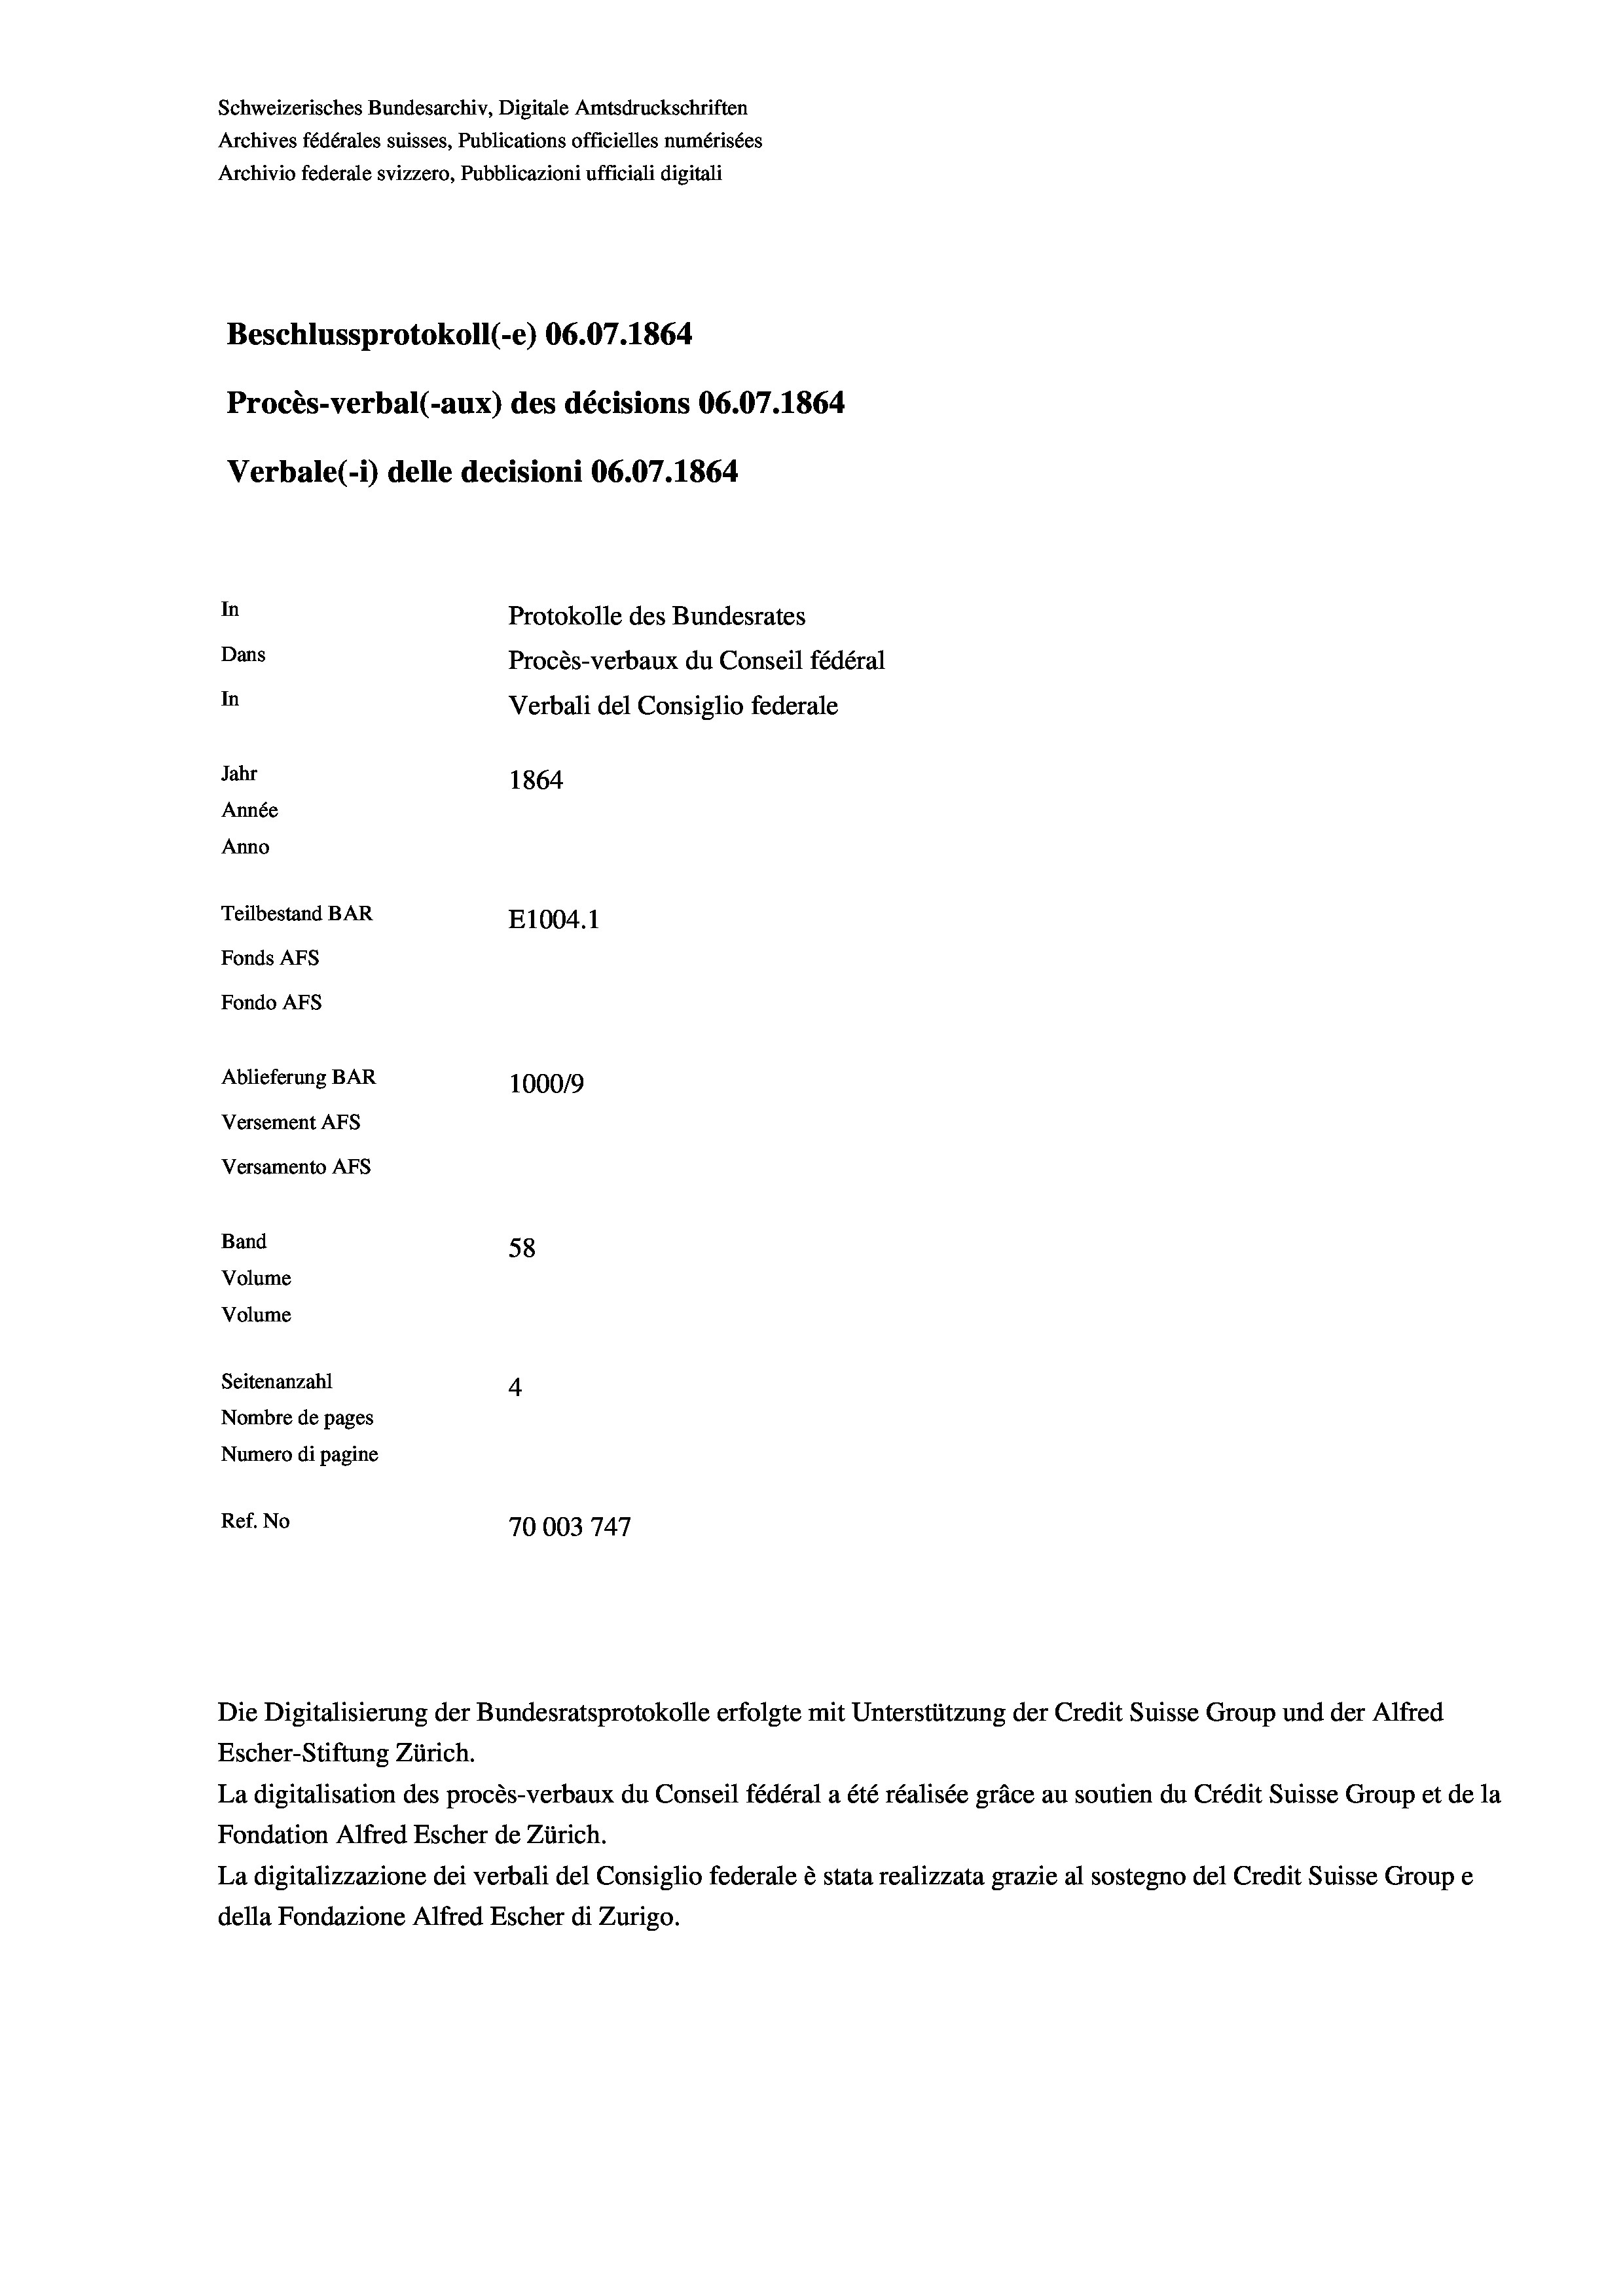
Schweizerisches Bundesarchiv, Digitale Amtsdruckschriften
Archives fédérales suisses, Publications officielles numérisées
Archivio federale svizzero, Pubblicazioni ufficiali digitali
Beschlussprotokoll (-e) 06.07. 1864
Procès-verbal (-aux) des décisions 06.07. 1864
Verbale (i) delle decisioni 06.07. 1864
In
Protokolle des Bundesrates
Dans
Procès-verbaux du Conseil fédéral
In
Verbali del Consiglio federale
Jahr
1864
Année
Anno
Teilbestand BAR
E1004. 1
Fonds AEs
Fondo AFs

Ablieferung BAR
Versement AFS
Versamento AFS
Band
Volume
Volume
Seitenanzahl

100019
58
4
Nombre de pages
Numero di pagine
Ref. No
70003 747

Escher-Stiftung Zürich.
La digitalisation des procès-verbaux du Conseil fédéral a été réalisée gräce au soutien du Crédit Suisse Group et de la
Fondation Alfred Escher de Zürich.
La digitalizzazione dei verbali del Consiglio federale è stata realizzata grazie al sostegno del Credit Suisse Groupe
della Fondazione Alfred Escher di Zurigo.

Die Digitalisierung der Bundesratsprotokolle erfolgte mit Unterstützung der Credit Suisse Group und der Alfred